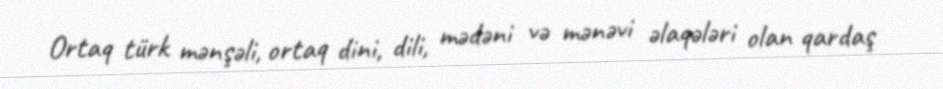
Ortaq türk mənşəli, ortaq dini, dili, mədəni və mənəvi əlaqələri olan qardaş